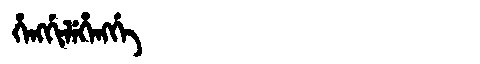
Manchu: ᡥᡝᠩᡤᡳᠯᡝᡥᡝᠩᡤᡝ
Romanization: HENGGILEHENGGE